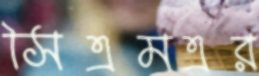
সিএমএর